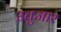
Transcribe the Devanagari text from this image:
उत्तुजार